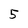
Character: 5